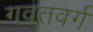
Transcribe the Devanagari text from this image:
गवतवर्ग